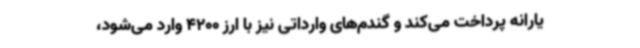
یارانه پرداخت می‌کند و گندم‌های وارداتی نیز با ارز 4200 وارد می‌شود،